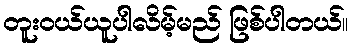
တူးဝယ်ယူပါလိမ့်မည် ဖြစ်ပါတယ်။